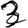
Digit: 3